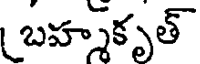
బహ్మకృత్